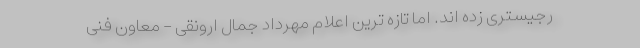
رجیستری زده اند. اما تازه ترین اعلام مهرداد جمال ارونقی - معاون فنی